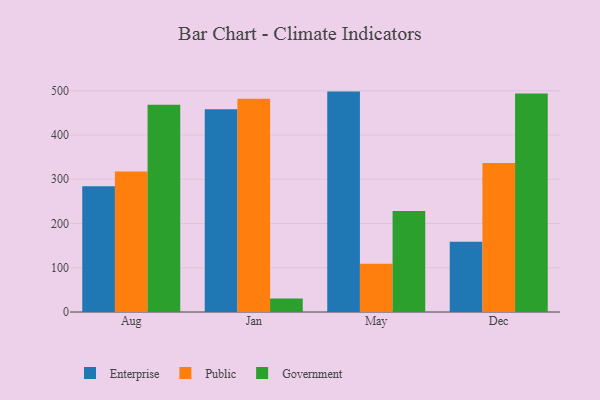
{"axis": {"x": "Month", "y": "Gross Profit (USD K)"}, "legend": ["Enterprise", "Government", "Public"], "data": [{"x": "Aug", "y": 284.2, "type": "Enterprise"}, {"x": "Aug", "y": 317.4, "type": "Public"}, {"x": "Aug", "y": 468.5, "type": "Government"}, {"x": "Jan", "y": 458.2, "type": "Enterprise"}, {"x": "Jan", "y": 482.0, "type": "Public"}, {"x": "Jan", "y": 30.5, "type": "Government"}, {"x": "May", "y": 498.1, "type": "Enterprise"}, {"x": "May", "y": 108.9, "type": "Public"}, {"x": "May", "y": 228.3, "type": "Government"}, {"x": "Dec", "y": 159.0, "type": "Enterprise"}, {"x": "Dec", "y": 336.9, "type": "Public"}, {"x": "Dec", "y": 493.7, "type": "Government"}]}